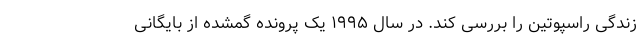
زندگی راسپوتین را بررسی کند. در سال ۱۹۹۵ یک پرونده گمشده از بایگانی